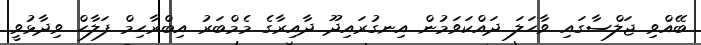
ބޭއްވި ޖަލްސާގައި ވާހަލަ ދައްކަވަމުން އިނގުރައިދޫ ދާއިރާގެ މެމްބަރު އިބްރާޙިމް ފަލާހް ވިދާޅުވީ